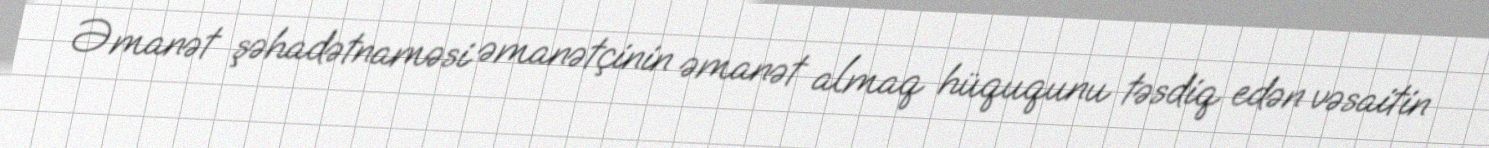
Əmanət şəhadətnaməsi əmanətçinin əmanət almaq hüququnu təsdiq edən vəsaitin